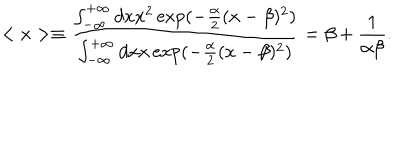
< x > \equiv \frac { \int _ { - \infty } ^ { + \infty } d x x ^ { 2 } \exp ( - \frac { \alpha } { 2 } ( x - \beta ) ^ { 2 } ) } { \int _ { - \infty } ^ { + \infty } d x x \exp ( - \frac { \alpha } { 2 } ( x - \beta ) ^ { 2 } ) } = \beta + \frac { 1 } { \alpha \beta } .